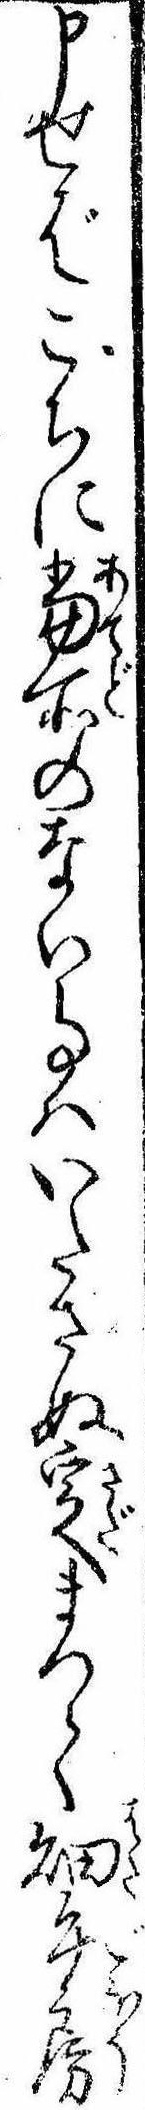
申せばこちに当所のない事はいたさぬ定まつて畑午房